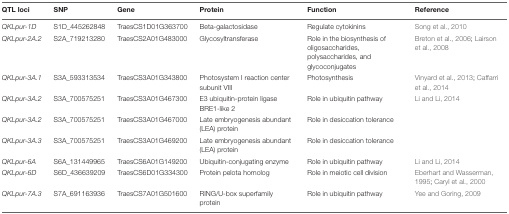
<table><thead><tr><td><b>QTL loci</b></td><td><b>SNP</b></td><td><b>Gene</b></td><td><b>Protein</b></td><td><b>Function</b></td><td><b>Reference</b></td></tr></thead><tbody><tr><td><i>QKLpur-1D</i></td><td>S1D_445262848</td><td>TraesCS1D01G363700</td><td>Beta-galactosidase</td><td>Regulate cytokinins</td><td>Song et al., 2010</td></tr><tr><td><i>QKLpur-2A.2</i></td><td>S2A_719213280</td><td>TraesCS2A01G483000</td><td>Glycosyltransferase</td><td>Role in the biosynthesis of oligosaccharides, polysaccharides, and glycoconjugates</td><td>Breton et al., 2006; Lairson et al., 2008</td></tr><tr><td><i>QKLpur-3A.1</i></td><td>S3A_593313534</td><td>TraesCS3A01G343800</td><td>Photosystem I reaction center subunit VIII</td><td>Photosynthesis</td><td>Vinyard et al., 2013; Caffarri et al., 2014</td></tr><tr><td><i>QKLpur-3A.2</i></td><td>S3A_700575251</td><td>TraesCS3A01G467300</td><td>E3 ubiquitin-protein ligase BRE1-like 2</td><td>Role in ubiquitin pathway</td><td>Li and Li, 2014</td></tr><tr><td><i>QKLpur-3A.2</i></td><td>S3A_700575251</td><td>TraesCS3A01G467000</td><td>Late embryogenesis abundant (LEA) protein</td><td>Role in desiccation tolerance</td><td></td></tr><tr><td><i>QKLpur-3A.3</i></td><td>S3A_700575251</td><td>TraesCS3A01G469200</td><td>Late embryogenesis abundant (LEA) protein</td><td>Role in desiccation tolerance</td><td></td></tr><tr><td><i>QKLpur-6A</i></td><td>S6A_131449965</td><td>TraesCS6A01G149200</td><td>Ubiquitin-conjugating enzyme</td><td>Role in ubiquitin pathway</td><td>Li and Li, 2014</td></tr><tr><td><i>QKLpur-6D</i></td><td>S6D_436639209</td><td>TraesCS6D01G334300</td><td>Protein pelota homolog</td><td>Role in meiotic cell division</td><td>Eberhart and Wasserman, 1995; Caryl et al., 2000</td></tr><tr><td><i>QKLpur-7A.3</i></td><td>S7A_691163936</td><td>TraesCS7A01G501600</td><td>RING/U-box superfamily protein</td><td>Role in ubiquitin pathway</td><td>Yee and Goring, 2009</td></tr></tbody></table>